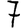
Digit: 7